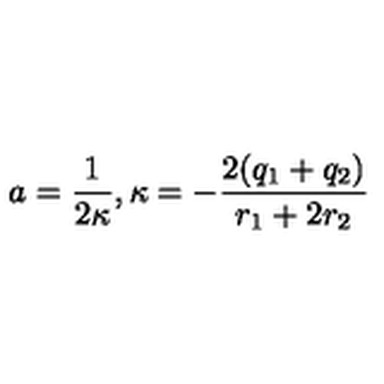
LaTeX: a = \frac { 1 } { 2 \kappa } , \kappa = - \frac { 2 ( q _ { 1 } + q _ { 2 } ) } { r _ { 1 } + 2 r _ { 2 } }